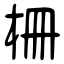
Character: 柵